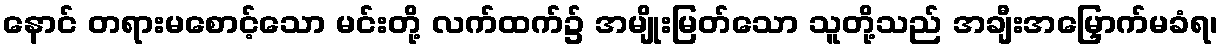
နောင် တရားမစောင့်သော မင်းတို့ လက်ထက်၌ အမျိုးမြတ်သော သူတို့သည် အချီးအမြှောက်မခံရ၊